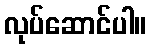
လုပ်ဆောင်ပါ။